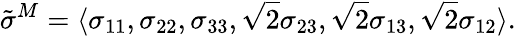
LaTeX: {\tilde{\sigma}}^{M}=\langle\sigma_{11},\sigma_{22},\sigma_{33},{\sqrt{2}}\sigma_{23},{\sqrt{2}}\sigma_{13},{\sqrt{2}}\sigma_{12}\rangle.